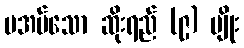
မအပ်သော ဆိုးရည် (၉) မျိုး